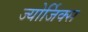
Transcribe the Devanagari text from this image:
ज्योर्जिक्स